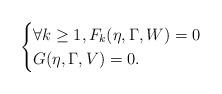
LaTeX: \begin{align*}\begin{cases}\forall k\geq 1, F_{k}(\eta,\Gamma,W)=0\\G(\eta,\Gamma,V)=0.\end{cases}\end{align*}